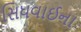
સિધવાઈના